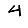
Digit: 4